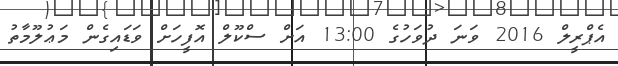
އެޕްރީލް 2016 ވަނަ ދުވަހުގެ 13:00 އަށް ސްކޫލް އޮފީހަށް ވަޑައިގެން މަޢުލޫމާތު